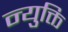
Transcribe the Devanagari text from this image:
न्युक्ति